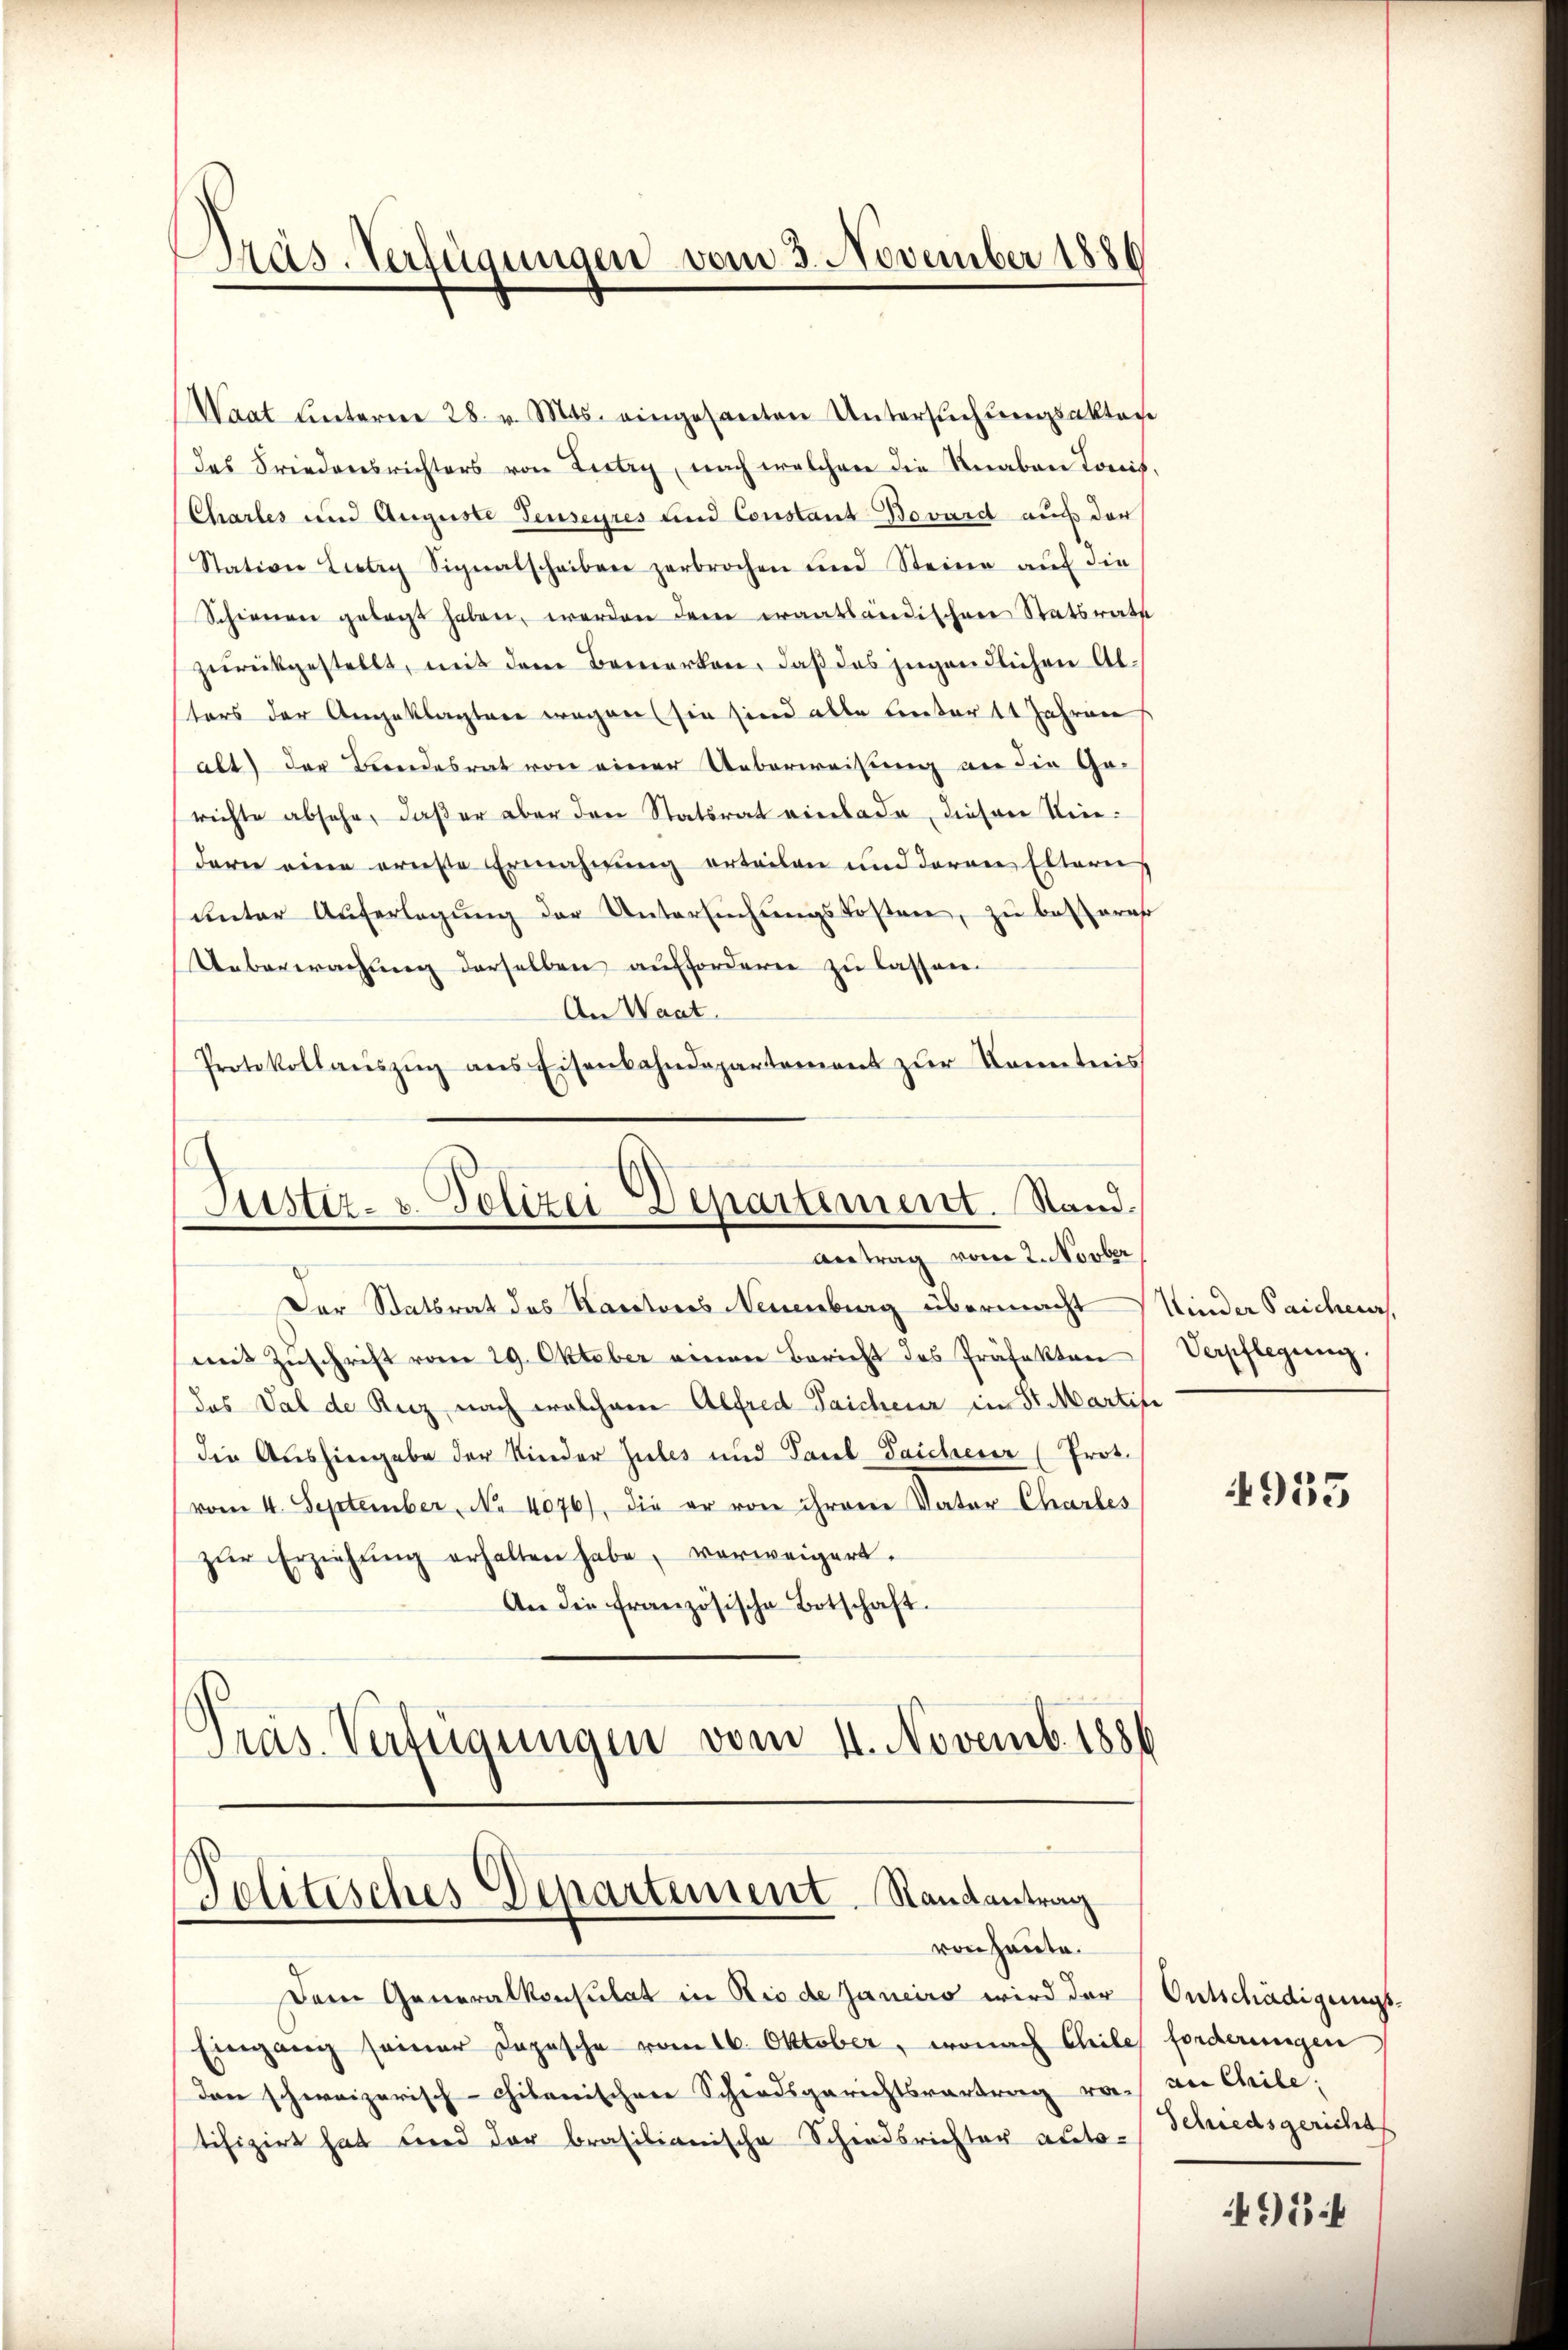
Pas. Verfügungen vom 3. November 1886

Waat unteren 28. v. Mts. eingesanten Untersŭchŭngsakter
des Friedensrichters von Littry, nach welchen die Knaben Tonis.
Chartes und Auguste Teuseyres und Constanz Bovard auf der
Stative Liery Signatscheiben zerbrochen und Steine aŭf die
Schienen gelegt haben, werden dem erantländischen Statsrate
zurückgestellt, mit dem Bemerken, daß das jugendlichen Altors der Angeklagten wegen (sie sind alle Entert Jahren
alt) der Beendesrat von einer Ueberweisung an die Ge-
richte absehe, daß er aber den Statsrat einlade, diesen Niedern eine ernste Ermahnung erteilen und deren Eltern
ŭnter Auferlegŭng der Untersŭchŭngskosten, zu besterer
Ueberwachung derselben aufforderen zu lassen.
An Waat.
Protokollaŭszŭg ans Eisenbahndepartement zŭr Kenntnis

Justiz- u. Polizei Departement. Stand.
Antrag vom 2. Novber

Der Statsrat des Kantons Neuenburg übermacht / Kinder Saichenr
mit Zŭschrift vom 29. Oktober einen Bericht des Präfekten
des Val de Ruz nach welchem Alfred Taichenz in St. Martifi
die Aushingabe der Kinder Zules und Paul Paicherer (Prot.
(vom 4. September, No 4076), die er von ihrem Vater Charbes
zŭr Erziehŭng erhalten habe, verweigert.
An die französische Botschaft.
Pras. Verfügungen vom 11. Novemb. 1886

Politisches Departement. Randantrag
von heute.

Dem Generalkonsulat in Rio de Janeiro wird der
Eingang seiner Dopische vom 16. Oktober, wonach Chiles forderungen
den schweizerisch-chitanischen Schiedsgerichtsvertreng vor-
tifizirt hat und der brasilianische Schiedsrichter auto-

Verpflegung.

955

Ontschädigungs-
an Chrile,
Schiedsgericht

495 f